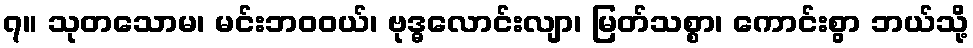
၇။ သုတသောမ၊ မင်းဘဝဝယ်၊ ဗုဒ္ဓလောင်းလျာ၊ မြတ်သစ္စာ၊ ကောင်းစွာ ဘယ်သို့